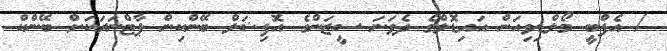
/ އެފްބީ މޯލްޑިވިއަން އައިޑޮލްގެ ދެވަނަ ސީޒަންގެ އޮފިޝަލް ބޭންކިން ޕާޓްނަރަކަށް ބޭންކް